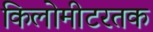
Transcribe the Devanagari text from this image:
किलोमीटरतक